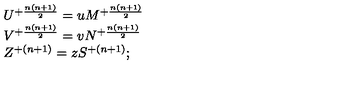
\begin{array} { l c r } { U ^ { + { \frac { n ( n + 1 ) } { 2 } } } = u M ^ { + { \frac { n ( n + 1 ) } { 2 } } } } \\ { V ^ { + { \frac { n ( n + 1 ) } { 2 } } } = v N ^ { + { \frac { n ( n + 1 ) } { 2 } } } } \\ { Z ^ { + { ( n + 1 ) } } = z S ^ { + { ( n + 1 ) } } ; } \\ \end{array}